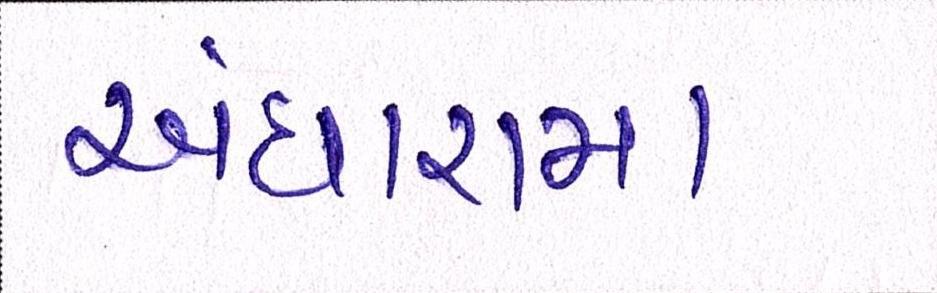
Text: અંધારામાં